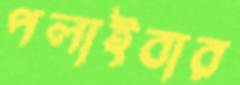
পলাইবার